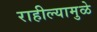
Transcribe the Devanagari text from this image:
राहील्यामुळे